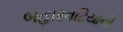
બહારવટિયાની